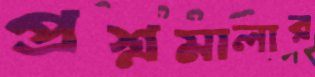
প্রশ্নমালার